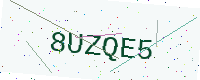
Text: 8UZQE5